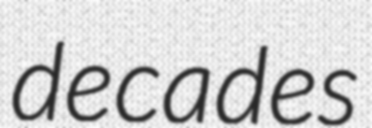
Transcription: decades